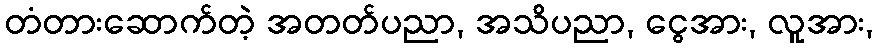
တံတားဆောက်တဲ့ အတတ်ပညာ, အသိပညာ, ငွေအား, လူအား,